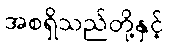
အစရှိသည်တို့နှင့်